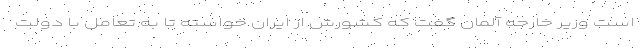
است وزیر خارجه آلمان گفت که کشورش از ایران خواسته تا به تعامل با دولت